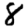
Digit: 8